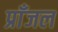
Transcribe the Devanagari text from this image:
प्राँजल